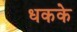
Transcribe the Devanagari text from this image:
धकके